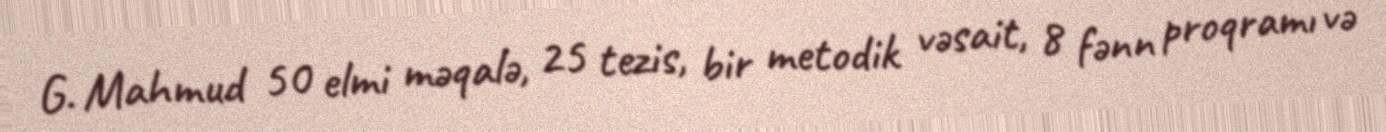
G. Mahmud 50 elmi məqalə, 25 tezis, bir metodik vəsait, 8 fənn proqramı və